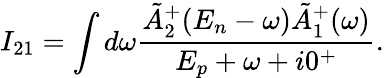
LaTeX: I_{21}=\int d\omega\frac{\tilde{A}_{2}^{+}(E_{n}-\omega)\tilde{A}_{1}^{+}(\omega)}{E_{p}+\omega+i0^{+}}.